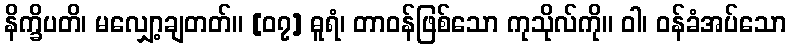
နိက္ခိပတိ၊ မလျှော့ချတတ်။ [၀၇] ဓူရံ၊ တာဝန်ဖြစ်သော ကုသိုလ်ကို။ ဝါ၊ ဝန်ခံအပ်သော